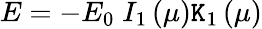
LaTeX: E=-E_{0}\; I_{1}\left(\mu\right)\mathtt{K}_{1}\left(\mu\right)